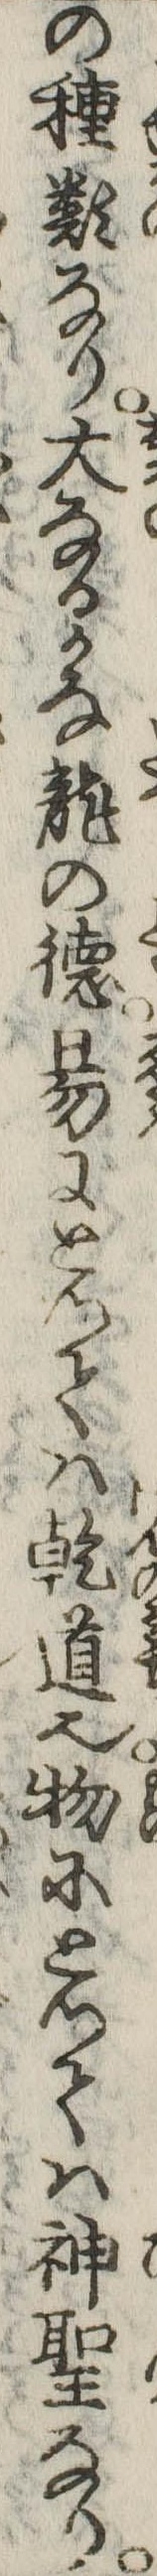
の種類なり大なるかな竜の徳易にとつては乾道也物にとつては神聖なり